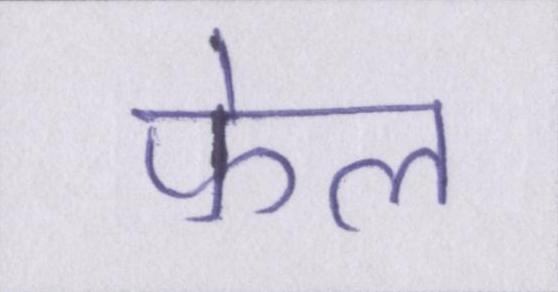
फेल